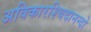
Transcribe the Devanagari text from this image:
अविकारश्चिदानन्दो